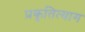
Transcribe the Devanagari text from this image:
प्रकृतित्याग